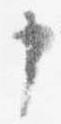
申